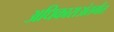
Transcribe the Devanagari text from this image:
अधिकाराअंतर्गत